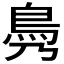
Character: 𩾖